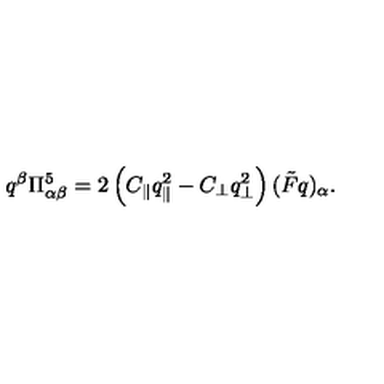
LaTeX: q ^ { \beta } \Pi _ { \alpha \beta } ^ { 5 } = 2 \left( C _ { \parallel } q _ { \parallel } ^ { 2 } - C _ { \bot } q _ { \bot } ^ { 2 } \right) ( \tilde { F } q ) _ { \alpha } .